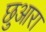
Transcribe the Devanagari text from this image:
छुआरा